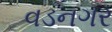
વડનગર